Annual administration and progress report of the Indian Medical Department, Bombay
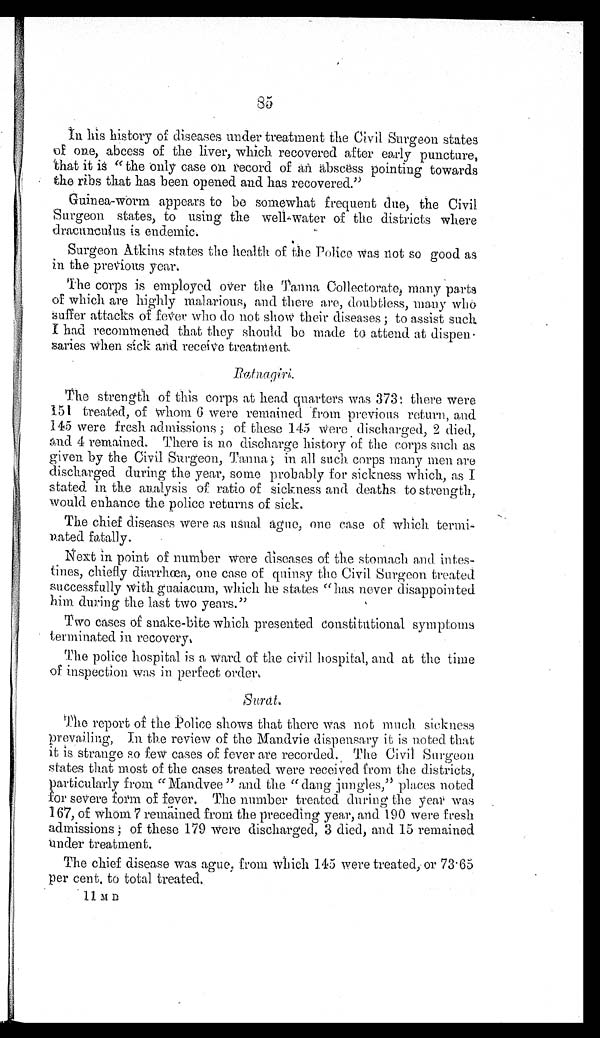
85
In his history of diseases under treatment the Civil Surgeon states
of one, abcess of the liver, which recovered after early puncture,
that it is "the only case on record of an abscess pointing towards
the ribs that has been opened and has recovered."
Guinea-worm appears to be somewhat frequent due, the Civil
Surgeon states, to using the well-water of the districts where
dracuaculus is endemic.
Surgeon Atkins states the health of the Police was not so good as
in the previous year.
The corps is employed over the Tanna Collectorate, many parts
of which are highly malarious, and there are, doubtless, many who
suffer attacks of fever who do not show their diseases ; to assist such
I had recommened that they should be made to attend at dispen-
saries when sick and receive treatment.
Ratnagiri.
The strength of this corps at head quarters was 373: there were
151 treated, of whom 6 were remained from previous return, and
145 were fresh admissions ; of these 145 were discharged, 2 died,
and 4 remained. There is no discharge history of the corps such as
given by the Civil Surgeon, Tanna ; in all such corps many men are
discharged during the year, some probably for sickness which, as I
stated in the analysis of ratio of sickness and deaths to strength,
would enhance the police returns of sick.
The chief diseases were as usual ague, one case of which termi-
nated fatally.
Next in point of number were diseases of the stomach and intes-
tines, chiefly diarrhœa, one case of quinsy the Civil Surgeon treated
successfully with guaiacum, which he states "has never disappointed
him during the last two years."
Two cases of snake-bite which presented constitutional symptoms
terminated in recovery.
The police hospital is a ward of the civil hospital, and at the time
of inspection was in perfect order.
Surat.
The report of the Police shows that there was not much sickness
prevailing, In the review of the Mandvie dispensary it is noted that
it is strange so few cases of fever are recorded. The Civil Surgeon
states that most of the cases treated were received from the districts,
particularly from "Mandvee " and the "dang jungles," places noted
for severe form of fever. The number treated during the year was
167, of whom 7 remained from the preceding year, and 190 were fresh
admissions ; of these 179 were discharged, 3 died, and 15 remained
under treatment.
The chief disease was ague, from which 145 were treated, or 73.65
per cent. to total treated.
11 M D